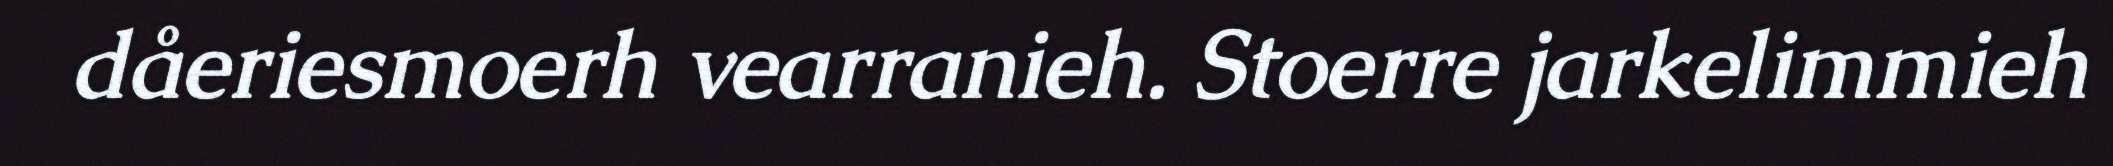
dåeriesmoerh vearranieh. Stoerre jarkelimmieh